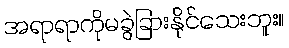
အရာရာကိုမခွဲခြားနိုင်သေးဘူး။